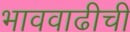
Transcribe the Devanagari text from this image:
भाववाढीची